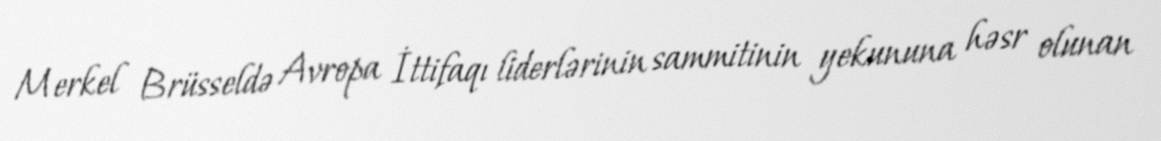
Merkel Brüsseldə Avropa İttifaqı liderlərinin sammitinin yekununa həsr olunan